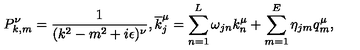
P _ { k , m } ^ { \nu } = \frac { 1 } { ( k ^ { 2 } - m ^ { 2 } + i \epsilon ) ^ { \nu } } , \overline { { k } } _ { j } ^ { \mu } = \sum _ { n = 1 } ^ { L } \omega _ { j n } k _ { n } ^ { \mu } + \sum _ { m = 1 } ^ { E } \eta _ { j m } q _ { m } ^ { \mu } ,